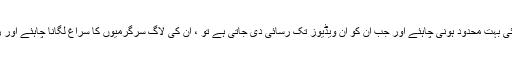
آفیسرز کی ویڈیوز تک رسائی بہت محدود ہونی چاہئے اور جب ان کو ان ویڈیوز تک رسائی دی جاتی ہے تو ، ان کی لاگ سرگرمیوں کا سراغ لگانا چاہئے اور ریکارڈنگ بھی بنانا چاہئے۔